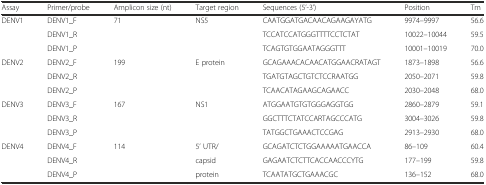
<table><thead><tr><td><b>Assay</b></td><td><b>Primer/probe</b></td><td><b>Amplicon size (nt)</b></td><td><b>Target region</b></td><td><b>Sequences (5’-3’)</b></td><td><b>Position</b></td><td><b>Tm</b></td></tr></thead><tbody><tr><td>DENV1</td><td>DENV1_F</td><td>71</td><td>NS5</td><td>CAATGGATGACAACAGAAGAYATG</td><td>9974–9997</td><td>56.6</td></tr><tr><td></td><td>DENV1_R</td><td></td><td></td><td>TCCATCCATGGGTTTTCCTCTAT</td><td>10022–10044</td><td>59.5</td></tr><tr><td></td><td>DENV1_P</td><td></td><td></td><td>TCAGTGTGGAATAGGGTTT</td><td>10001–10019</td><td>70.0</td></tr><tr><td>DENV2</td><td>DENV2_F</td><td>199</td><td>E protein</td><td>GCAGAAACACAACATGGAACRATAGT</td><td>1873–1898</td><td>56.6</td></tr><tr><td></td><td>DENV2_R</td><td></td><td></td><td>TGATGTAGCTGTCTCCRAATGG</td><td>2050–2071</td><td>59.8</td></tr><tr><td></td><td>DENV2_P</td><td></td><td></td><td>TCAACATAGAAGCAGAACC</td><td>2030–2048</td><td>68.0</td></tr><tr><td>DENV3</td><td>DENV3_F</td><td>167</td><td>NS1</td><td>ATGGAATGTGTGGGAGGTGG</td><td>2860–2879</td><td>59.1</td></tr><tr><td></td><td>DENV3_R</td><td></td><td></td><td>GGCTTTCTATCCARTAGCCCATG</td><td>3004–3026</td><td>59.8</td></tr><tr><td></td><td>DENV3_P</td><td></td><td></td><td>TATGGCTGAAACTCCGAG</td><td>2913–2930</td><td>68.0</td></tr><tr><td>DENV4</td><td>DENV4_F</td><td>114</td><td>5’ UTR/</td><td>GCAGATCTCTGGAAAAATGAACCA</td><td>86–109</td><td>60.4</td></tr><tr><td></td><td>DENV4_R</td><td></td><td>capsid</td><td>GAGAATCTCTTCACCAACCCYTG</td><td>177–199</td><td>59.8</td></tr><tr><td></td><td>DENV4_P</td><td></td><td>protein</td><td>TCAATATGCTGAAACGC</td><td>136–152</td><td>68.0</td></tr></tbody></table>